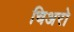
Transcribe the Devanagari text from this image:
चिअरो